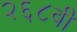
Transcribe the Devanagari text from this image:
२६८वी